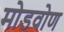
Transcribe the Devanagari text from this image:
मोडवोण